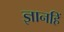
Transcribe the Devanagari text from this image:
ज्ञानहिं